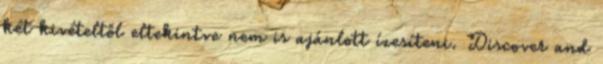
két kivételtől eltekintve nem is ajánlott ízesíteni. Discover and